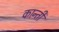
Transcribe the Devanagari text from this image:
कान्ती